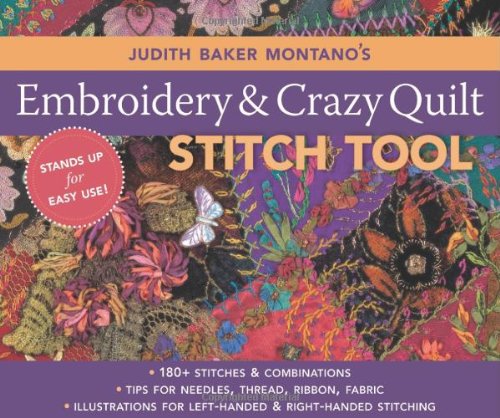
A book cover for Judith Baker Montano's Embroidery & Craz: 180+ Stitches & Combinations  Tips for Needles, Thread, Ribbon, Fabric  Illustrations for Left-Handed & Right-Handed Stitching; Judith Baker Montano; Crafts, Hobbies & Home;